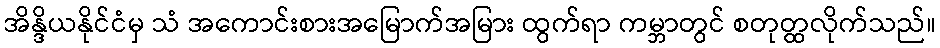
အိန္ဒိယနိုင်ငံမှ သံ အကောင်းစားအမြောက်အမြား ထွက်ရာ ကမ္ဘာတွင် စတုတ္ထလိုက်သည်။